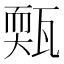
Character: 㼲